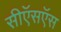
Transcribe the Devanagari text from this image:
सीऍसऍस